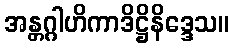
အန္တဂ္ဂါဟိကာဒိဋ္ဌိနိဒ္ဒေသ။